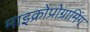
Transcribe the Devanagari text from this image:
माइक्रोप्रोग्रामिंग